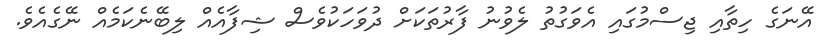
އޭނަގެ ހިތާއި ޖިސްމުގައި އެވަގުތު ލެވުނު ފާރުތަކަށް ދުވަހަކުވެސް ޝިފާއެއް ލިބޭނެކަމެއް ނޭގެއެވެ.